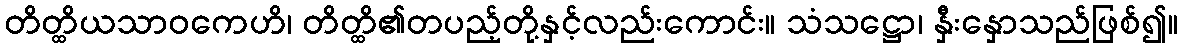
တိတ္ထိယသာဝကေဟိ၊ တိတ္ထိ၏တပည့်တို့နှင့်လည်းကောင်း။ သံသဋ္ဌော၊ နှီးနှောသည်ဖြစ်၍။